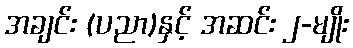
အချင်း (ပညာ)နှင့် အဆင်း ၂-မျိုး